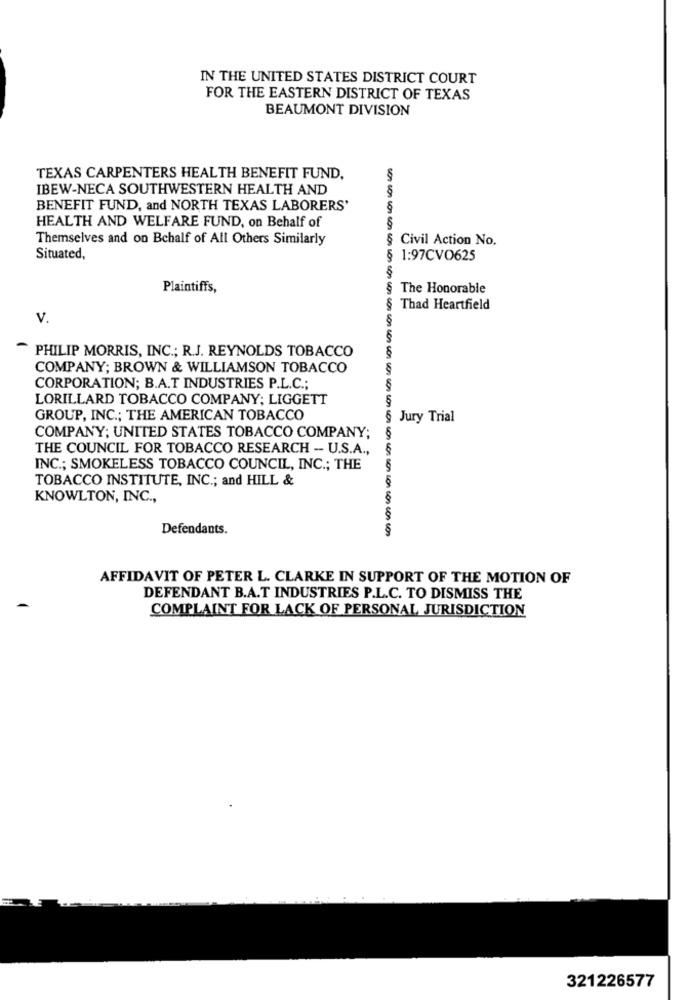
IN THE UNITED STATES DISTRICT COURT
FOR THE EASTERN DISTRICT OF TEXAS
BEAUMONT DIVISION
TEXAS CARPENTERS HEALTH BENEFIT FUND,
IBEW-NECA SOUTHWESTERN HEALTH AND
BENEFIT FUND, and NORTH TEXAS LABORERS'
HEALTH AND WELFARE FUND, on Behalf of
Themselves and on Behalf of All Others Similarly
§ Civil Action No.
Situated,
1:97CVO625
Plaintiffs,
§ The Honorable
§ Thad Heartfield
V.
-
PHILIP MORRIS, INC .; R.J. REYNOLDS TOBACCO
COMPANY; BROWN & WILLIAMSON TOBACCO
CORPORATION; B.A.T INDUSTRIES P.L.C .;
LORILLARD TOBACCO COMPANY; LIGGETT
GROUP, INC .; THE AMERICAN TOBACCO
§ Jury Trial
COMPANY; UNITED STATES TOBACCO COMPANY;
THE COUNCIL FOR TOBACCO RESEARCH -- U.S.A .,
INC .; SMOKELESS TOBACCO COUNCIL, INC .; THE
TOBACCO INSTITUTE, INC .; and HILL &
KNOWLTON, INC .,
Defendants.
AFFIDAVIT OF PETER L. CLARKE IN SUPPORT OF THE MOTION OF
DEFENDANT B.A.T INDUSTRIES P.L.C. TO DISMISS THE
COMPLAINT FOR LACK OF PERSONAL JURISDICTION
321226577